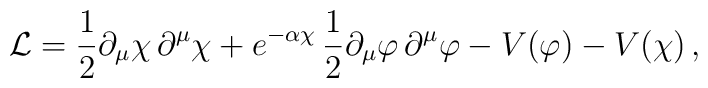
{\cal L}=\frac{1}{2}\partial_\mu \chi\, \partial^\mu \chi            + e^{-\alpha \chi} \,\frac{1}{2}\partial_\mu \varphi \,\partial^\mu \varphi            -V(\varphi)-V(\chi)\, ,